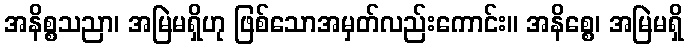
အနိစ္စသညာ၊ အမြဲမရှိဟု ဖြစ်သောအမှတ်လည်းကောင်း။ အနိစ္စေ၊ အမြဲမရှိ